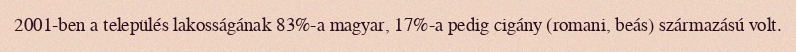
2001-ben a település lakosságának 83%-a magyar, 17%-a pedig cigány (romani, beás) származású volt.